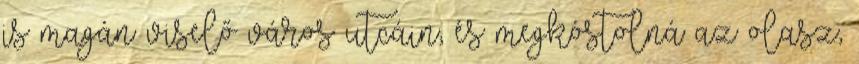
is magán viselő város utcáin, és megkóstolná az olasz,